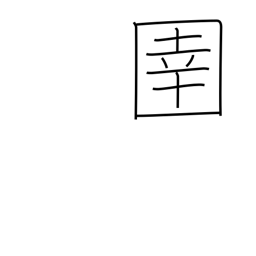
Meaning: horse tender